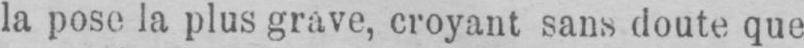
la pose la plus grave, croyant sans doute que